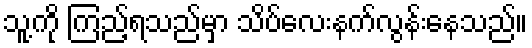
သူ့ကို ကြည့်ရသည်မှာ သိပ်လေးနက်လွန်းနေသည်။